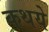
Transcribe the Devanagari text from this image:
कथये